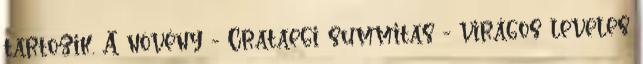
tartozik. A növény - Crataegi summitas - virágos leveles